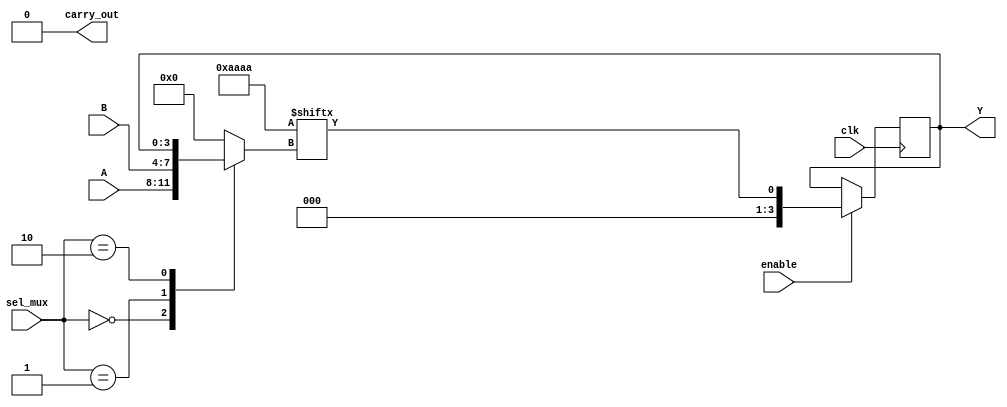
module CLB (
    input wire [3:0] A,        // 4-input signals for LUT
    input wire [3:0] B,        // Another set of 4-input signals for LUT
    input wire [1:0] sel_mux,  // MUX select signal
    input wire clk,            // Clock signal for registers
    input wire enable,         // Enable signal
    output reg [3:0] Y,        // Output from the CLB
    output reg carry_out       // Carry output for arithmetic operations
);

// Lookup Table (LUT) - 4-input
reg [15:0] lut;               // 16-bit truth table for LUT
wire lut_out;

// MUX Implementation
reg [3:0] mux_out;
always @(*) begin
    case(sel_mux)
        2'b00: mux_out = A;    // Select A
        2'b01: mux_out = B;    // Select B
        2'b10: mux_out = Y;    // Select previous output
        default: mux_out = 4'b0000; // Default case
    endcase
end

// Carry Logic - Simple example for 4-bit addition
wire [4:0] carry;            // 5-bit carry for addition
assign {carry_out, carry} = A + B;

// Configure LUT contents (for example purposes, we set it statically)
initial begin
    lut = 16'b1010101010101010; // Example truth table
end

// LUT output logic
assign lut_out = lut[{mux_out[3], mux_out[2], mux_out[1], mux_out[0]}];

// Output logic with enable signal
always @(posedge clk) begin
    if (enable) begin
        Y <= lut_out;          // Store LUT output in Y if enabled
    end
end

endmodule